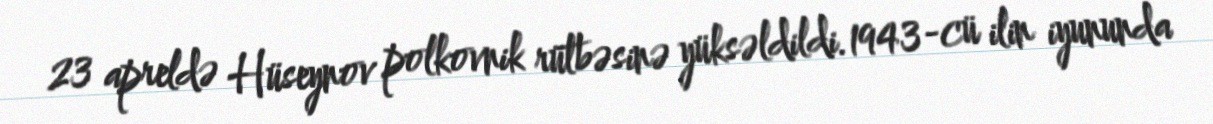
23 apreldə Hüseynov polkovnik rütbəsinə yüksəldildi.1943-cü ilin iyununda